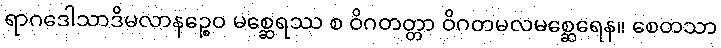
ရာဂဒေါသာဒိမလာနဉ္စေဝ မစ္ဆေရဿ စ ဝိဂတတ္တာ ဝိဂတမလမစ္ဆေရေန။ စေတသာ